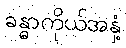
ခန္ဓာကိုယ်အနှံ့